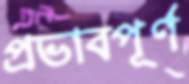
প্রভাবপূর্ণ